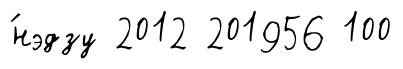
́нэдзу 2012 201956 100